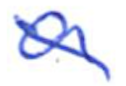
Text: a
Cross-out: diagonal
Writing tool: ballpoint